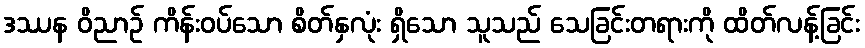
ဒဿန ဝိညာဉ် ကိန်းဝပ်သော စိတ်နှလုံး ရှိသော သူသည် သေခြင်းတရားကို ထိတ်လန့်ခြင်း